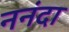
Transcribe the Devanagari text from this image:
ननंदा